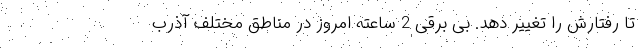
تا رفتارش را تغییر دهد. بی برقی 2 ساعته امروز در مناطق مختلف آذرب